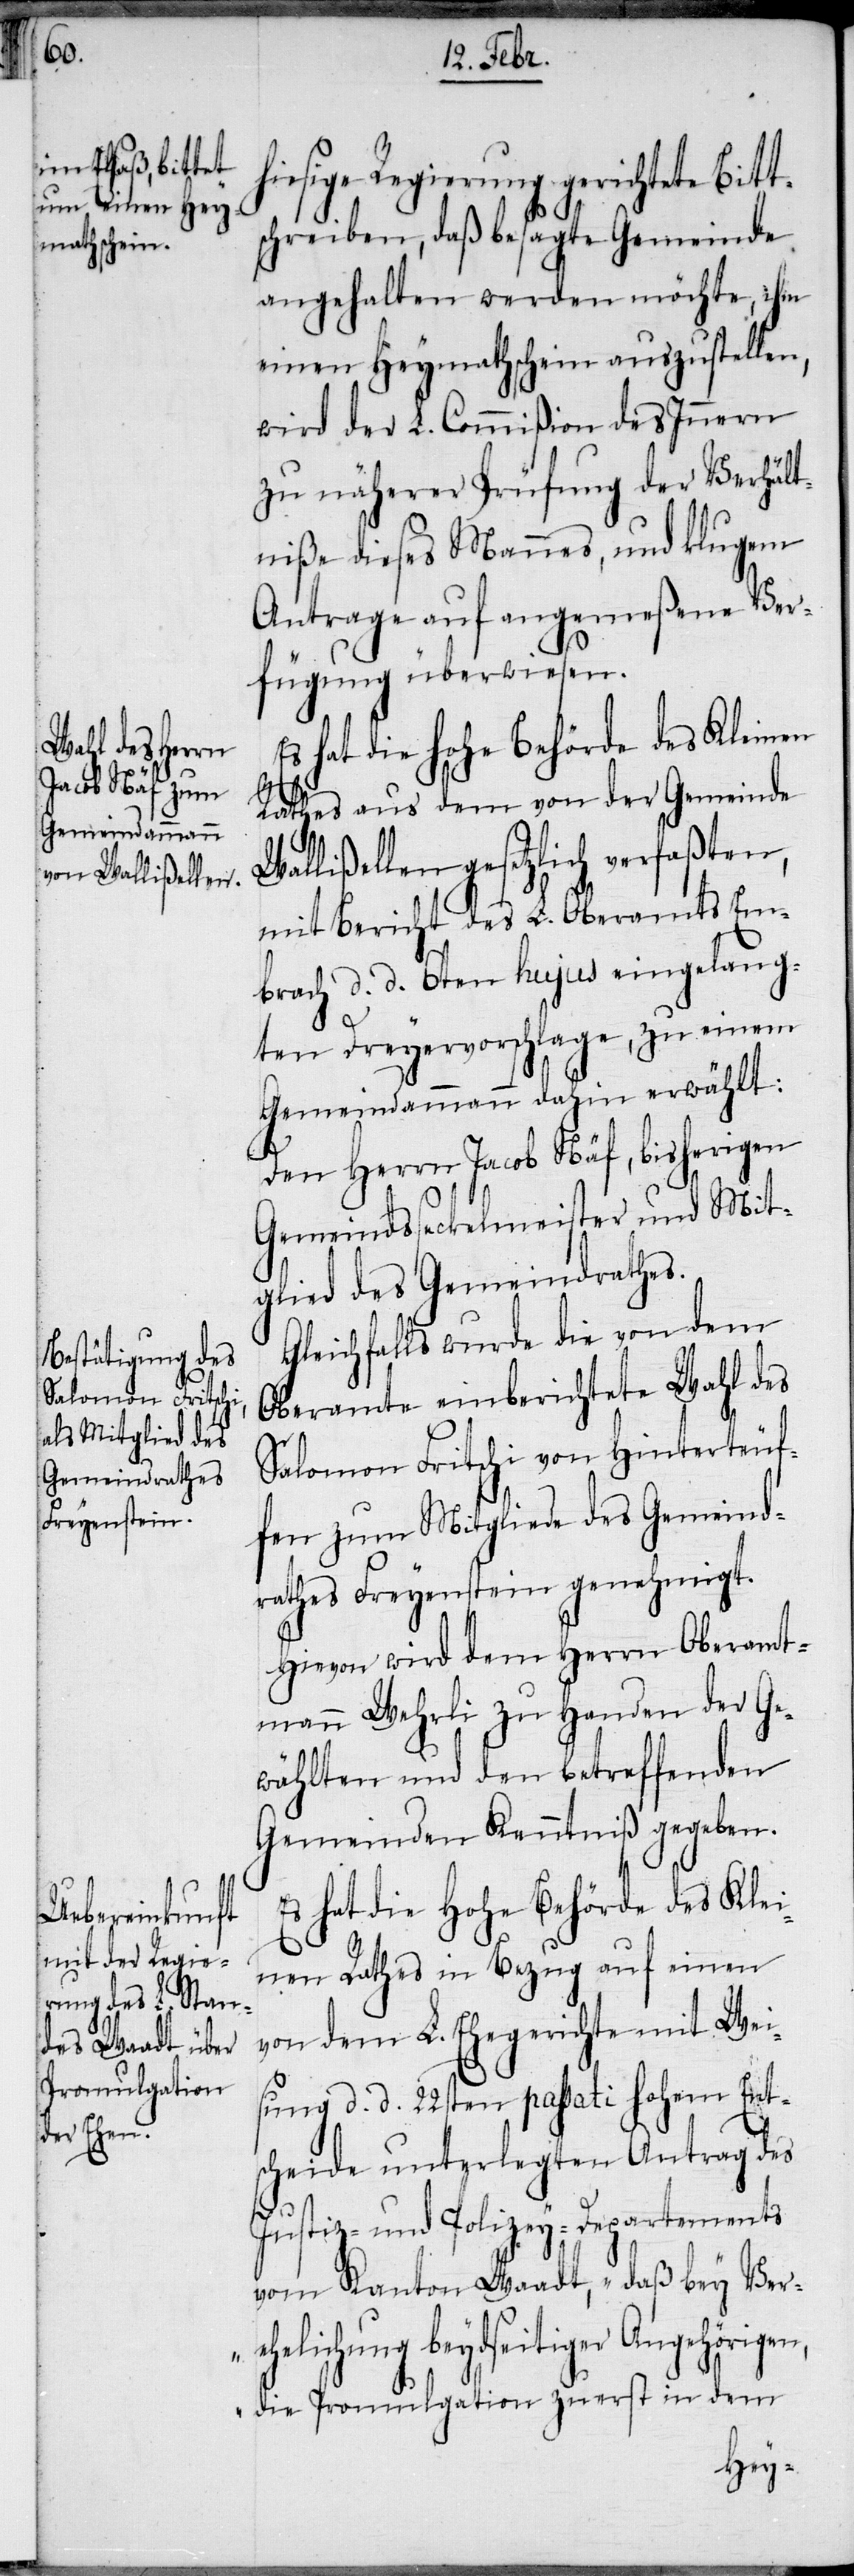
hiesige Regierung gerichtete Bitt¬
schreiben, daß besagte Gemeinde
angehalten werden möchte, ihm
einen Heymathschein auszustellen,
wird der L. Commißion des Innern
zu näherer Prüfung der Verhält¬
niße dieses Mannes, und klugem
Antrage auf angemeßene Ver¬
fügung überwiesen.
Es hat die hohe Behörde des Kleinen
Rathes aus dem von der Gemeinde
Wallißellen gesetzlich verfaßten,
mit Bericht des L. Oberamts Em¬
brach d. d. 6ten hujus eingelang¬
ten Dreyervorschlage, zu einem
Gemeindammann dahin erwählt:
n,
Den Herrn Jacob Näf, bisherigen
Gemeindsseckelmeister und Mit¬
glied des Gemeindrathes.
Gleichfalls wurde die von dem
Oberamte einberichtete Wahl des
Salomon Fritschi von Hinterteuf¬
fen zum Mitgliede des Gemeind¬
rathes Freyenstein genehmigt.
Hievon wird dem Herrn Oberamt¬
mann Wehrli zu Handen der Ge¬
wählten und den betreffenden
Gemeinden Kenntniß gegeben.
Es hat die Hohe Behörde des Klei¬
nen Rathes in Bezug auf einen
von dem L. Ehegerichte mit Wei¬
sung d. d. 22sten passati hohem Ent¬
scheide unterlegten Antrag des
Justiz- und Polizey-Departements
vom Kanton Waadt, „daß bey Ver¬
ehelichung beydseitiger Angehörige¬
die Promulgation zuerst in dem